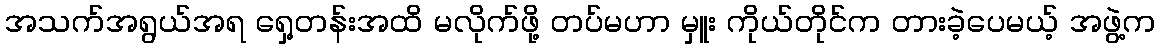
အသက်အရွယ်အရ ရှေ့တန်းအထိ မလိုက်ဖို့ တပ်မဟာ မှူး ကိုယ်တိုင်က တားခဲ့ပေမယ့် အဖွဲ့က